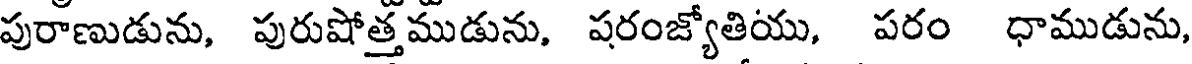
పురాణుడును, పురుషోత్తముడును, షరంజ్యోతియు, పరం ధాముడును,